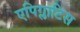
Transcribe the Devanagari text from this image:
एपिग्लाटिस